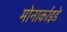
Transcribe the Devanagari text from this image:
मोनार्काइडे